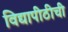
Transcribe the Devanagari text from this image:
विद्यापीठीची